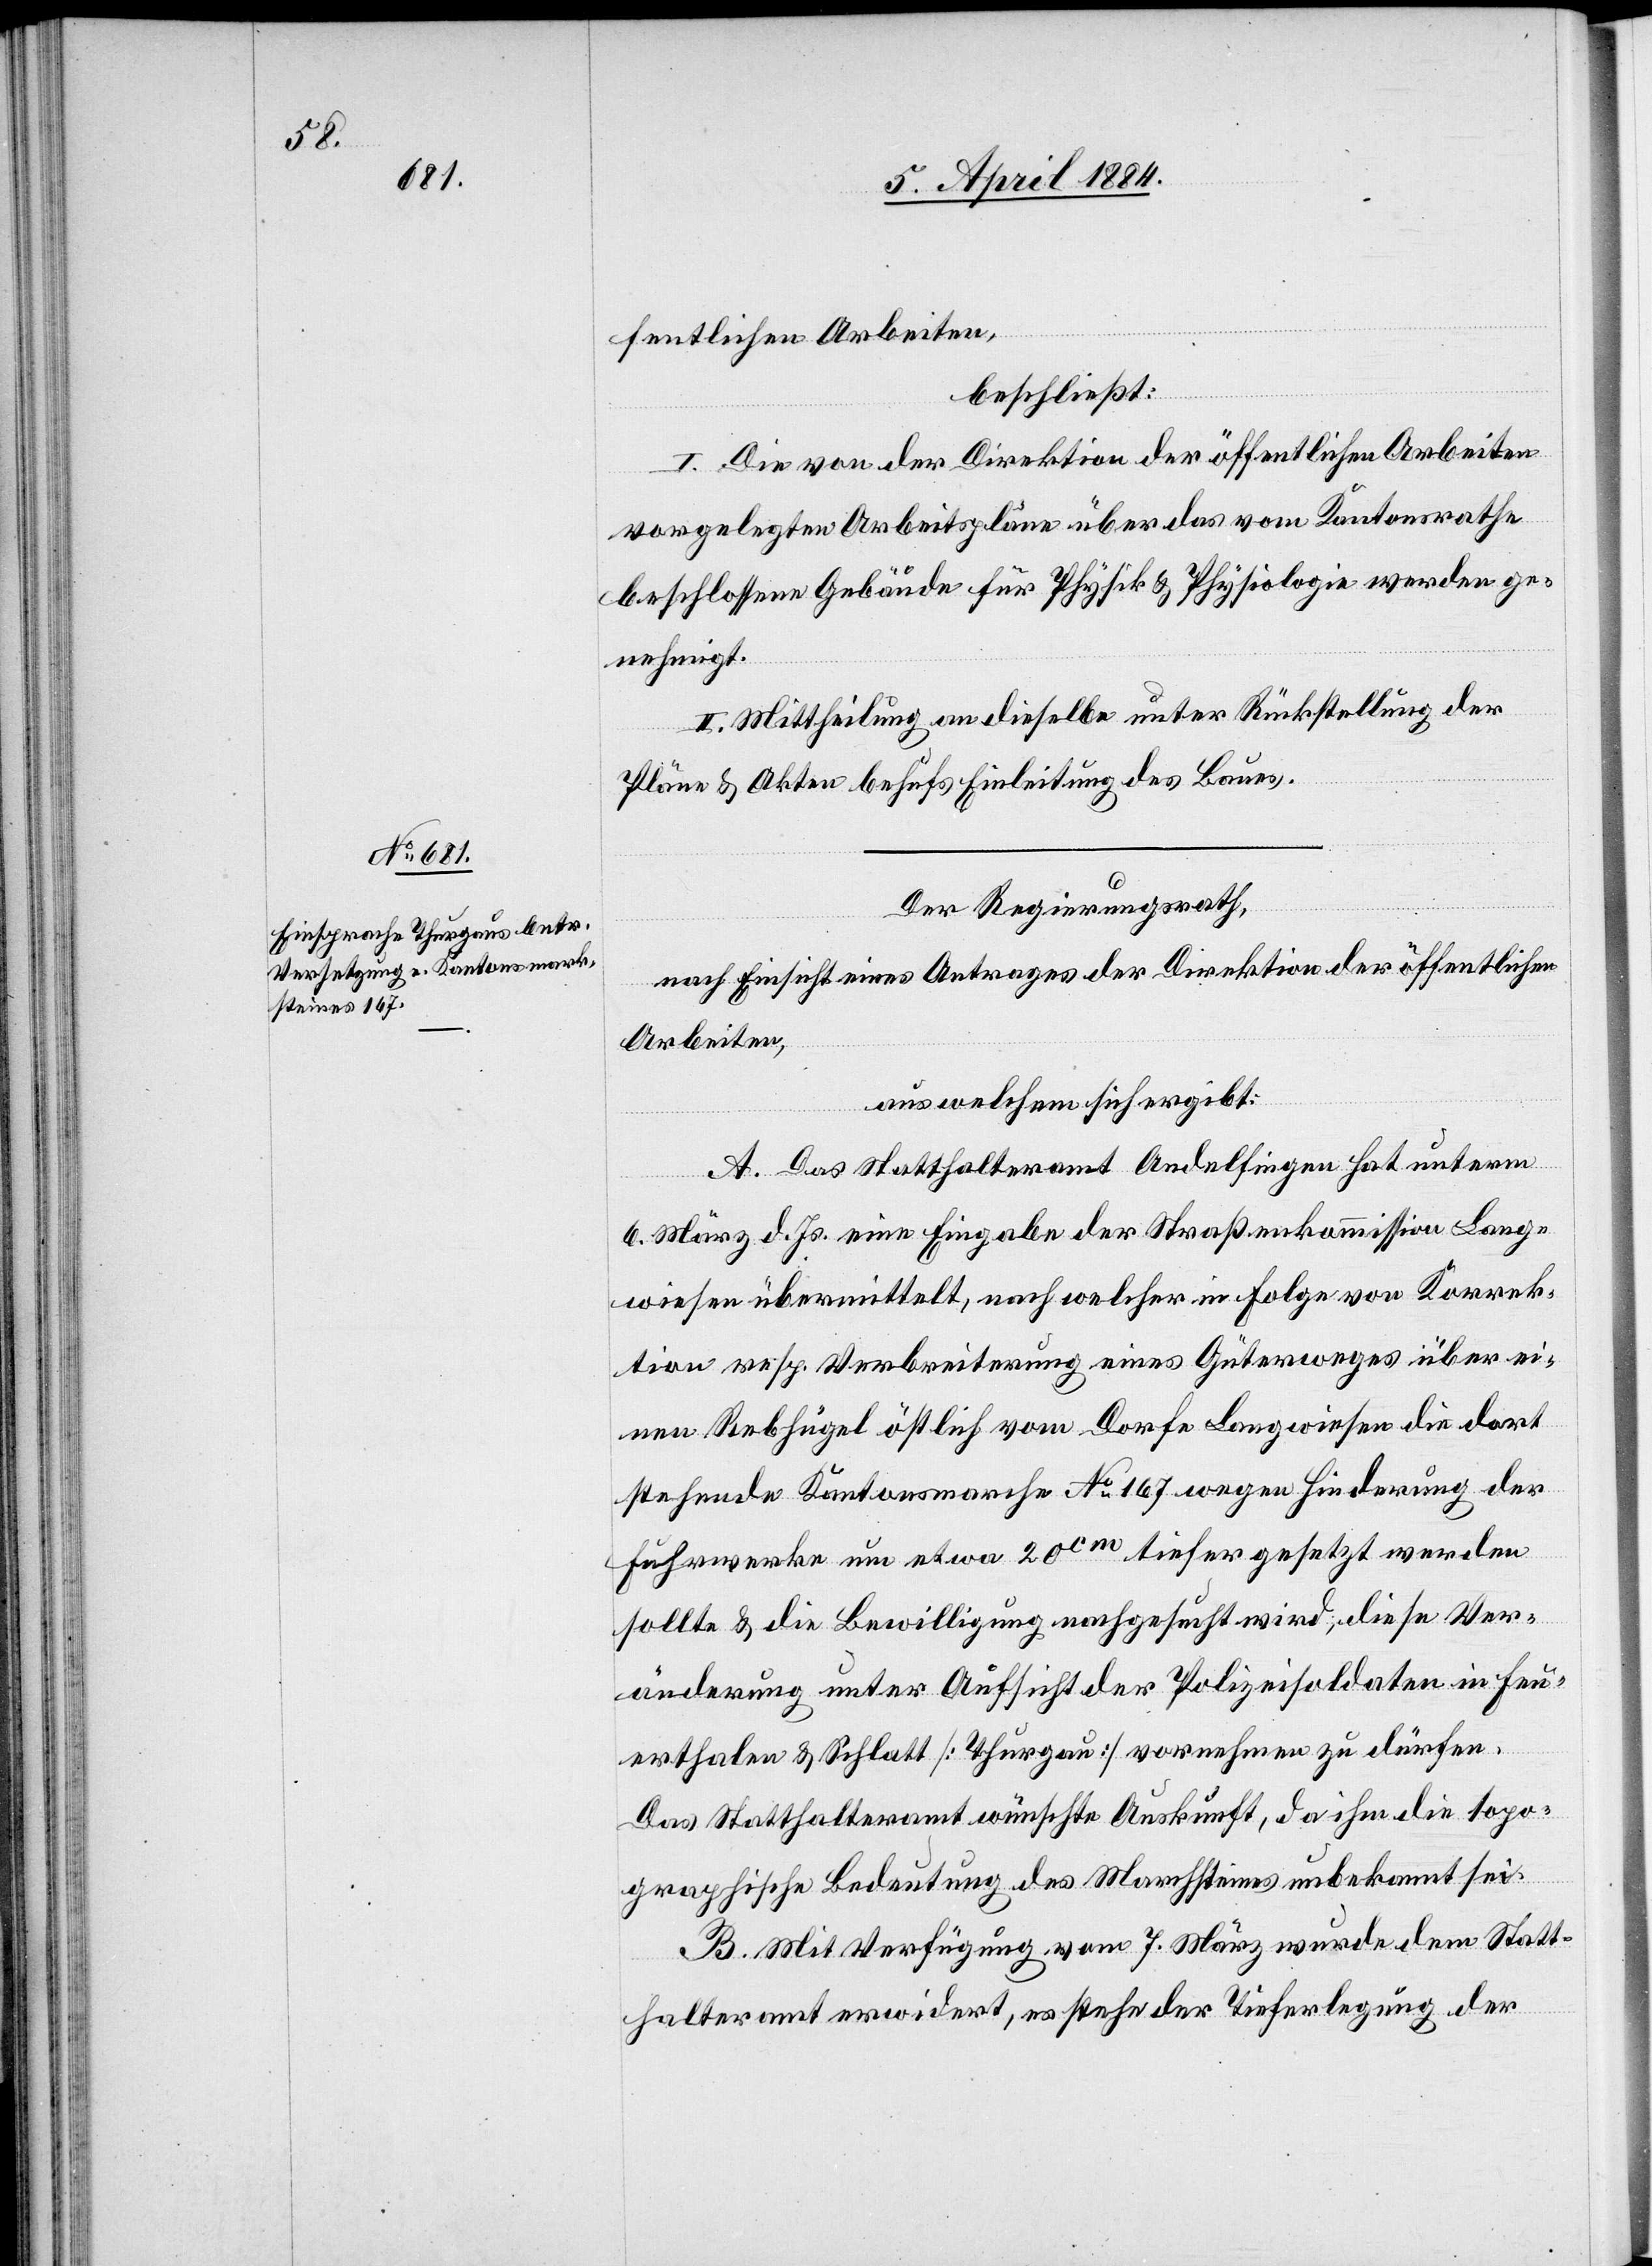
fentlichen Arbeiten,
beschließt:
I. Die von der Direktion der öffentlichen Arbeiten
vorgelegten Arbeitspläne über das vom Kantonsrathe
beschlossene Gebäude für Physik & Physiologie werden ge¬
nehmigt.
II. Mittheilung an dieselbe unter Rückstellung der
Pläne & Akten behufs Einleitung des Baues.
Der Regierungsrath,
nach Einsicht eines Antrages der Direktion der öffentlichen
Arbeiten,
aus welchem sich ergibt:
A. Das Statthalteramt Andelfingen hat unterm
6. März d. Js. eine Eingabe der Straßenkommission Lang¬
wiesen übermittelt, nach welcher in Folge von Korrek¬
tion resp. Verbreiterung eines Güterweges über ei¬
nen Rebhügel östlich vom Dorfe Langwiesen die dort
stehende Kantonsmarche No 167 wegen Hinderung der
Fuhrwerke um etwa 20 cm tiefer gesetzt werden
sollte & die Bewilligung nachgesucht wird, diese Ver¬
änderung unter Aufsicht der Polizeisoldaten in Feu¬
erthalten & Schlatt [Thurgau] vornehmen zu dürfen.
Das Statthalteramt wünsche Auskunft, da ihm die topo¬
graphische Bedeutung des Marchsteines unbekannt sei.
B. Mit Verfügung vom 7. März wurde dem Statt¬
halteramt erwidert, es stehe der Tieferlegung der